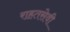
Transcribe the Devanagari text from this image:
राहतसेवी